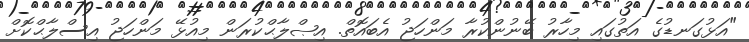
"އަޅުގަނޑުގެ އަތުގައި މިހާރު ބޭނުންކުރާ މަންހަޖު އެބައޮތް. އިޞްލާޙްކުރަން މިއުޅޭ މަންހަޖު އިސްލާޙްކޮށް